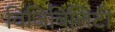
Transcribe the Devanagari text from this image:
विजिबिलिटी